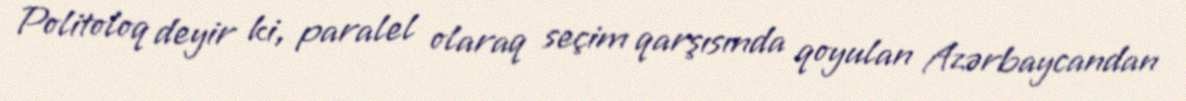
Politoloq deyir ki, paralel olaraq seçim qarşısında qoyulan Azərbaycandan